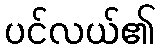
ပင်လယ်၏